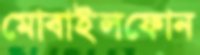
মোবাইলফোন